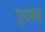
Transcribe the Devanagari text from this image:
पुलांपैकी